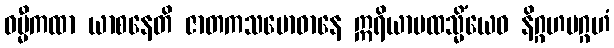
ဓမ္မီကထာ ယာစနေတိ ဇာတကသမောဓာနေ ဣရိယာပထသ္မိံယေဝ နိဂ္ဂဟပဂ္ဂဟံ